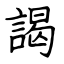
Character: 謁